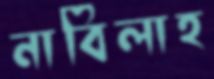
নাবিলাহ